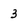
Character: 3